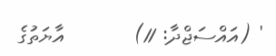
' (އައްސަޖްދާ: 11)       އާޔަތުގެ